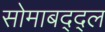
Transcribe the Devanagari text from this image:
सोमाबद्द्ल